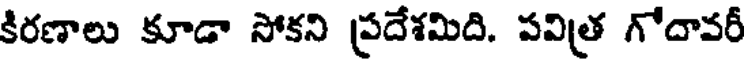
కిరణాలు కూడా సోకని ప్రదేశమిది. పవిత్ర గోదావరీ